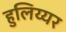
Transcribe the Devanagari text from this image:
हुलिय्यर